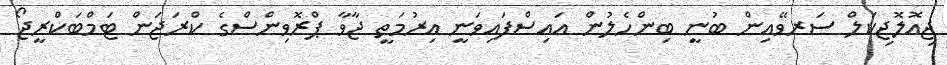
ޖިއޮލޮޖިކަލް ސަރވޭއިން ބުނީ ބިންހެލުން އައިސްފައިވަނީ އިރުމަތީ ޖާވާ ޕްރޮވިންސްގެ ކްރަޖަން ޓަމްބަކްރީޖޯ